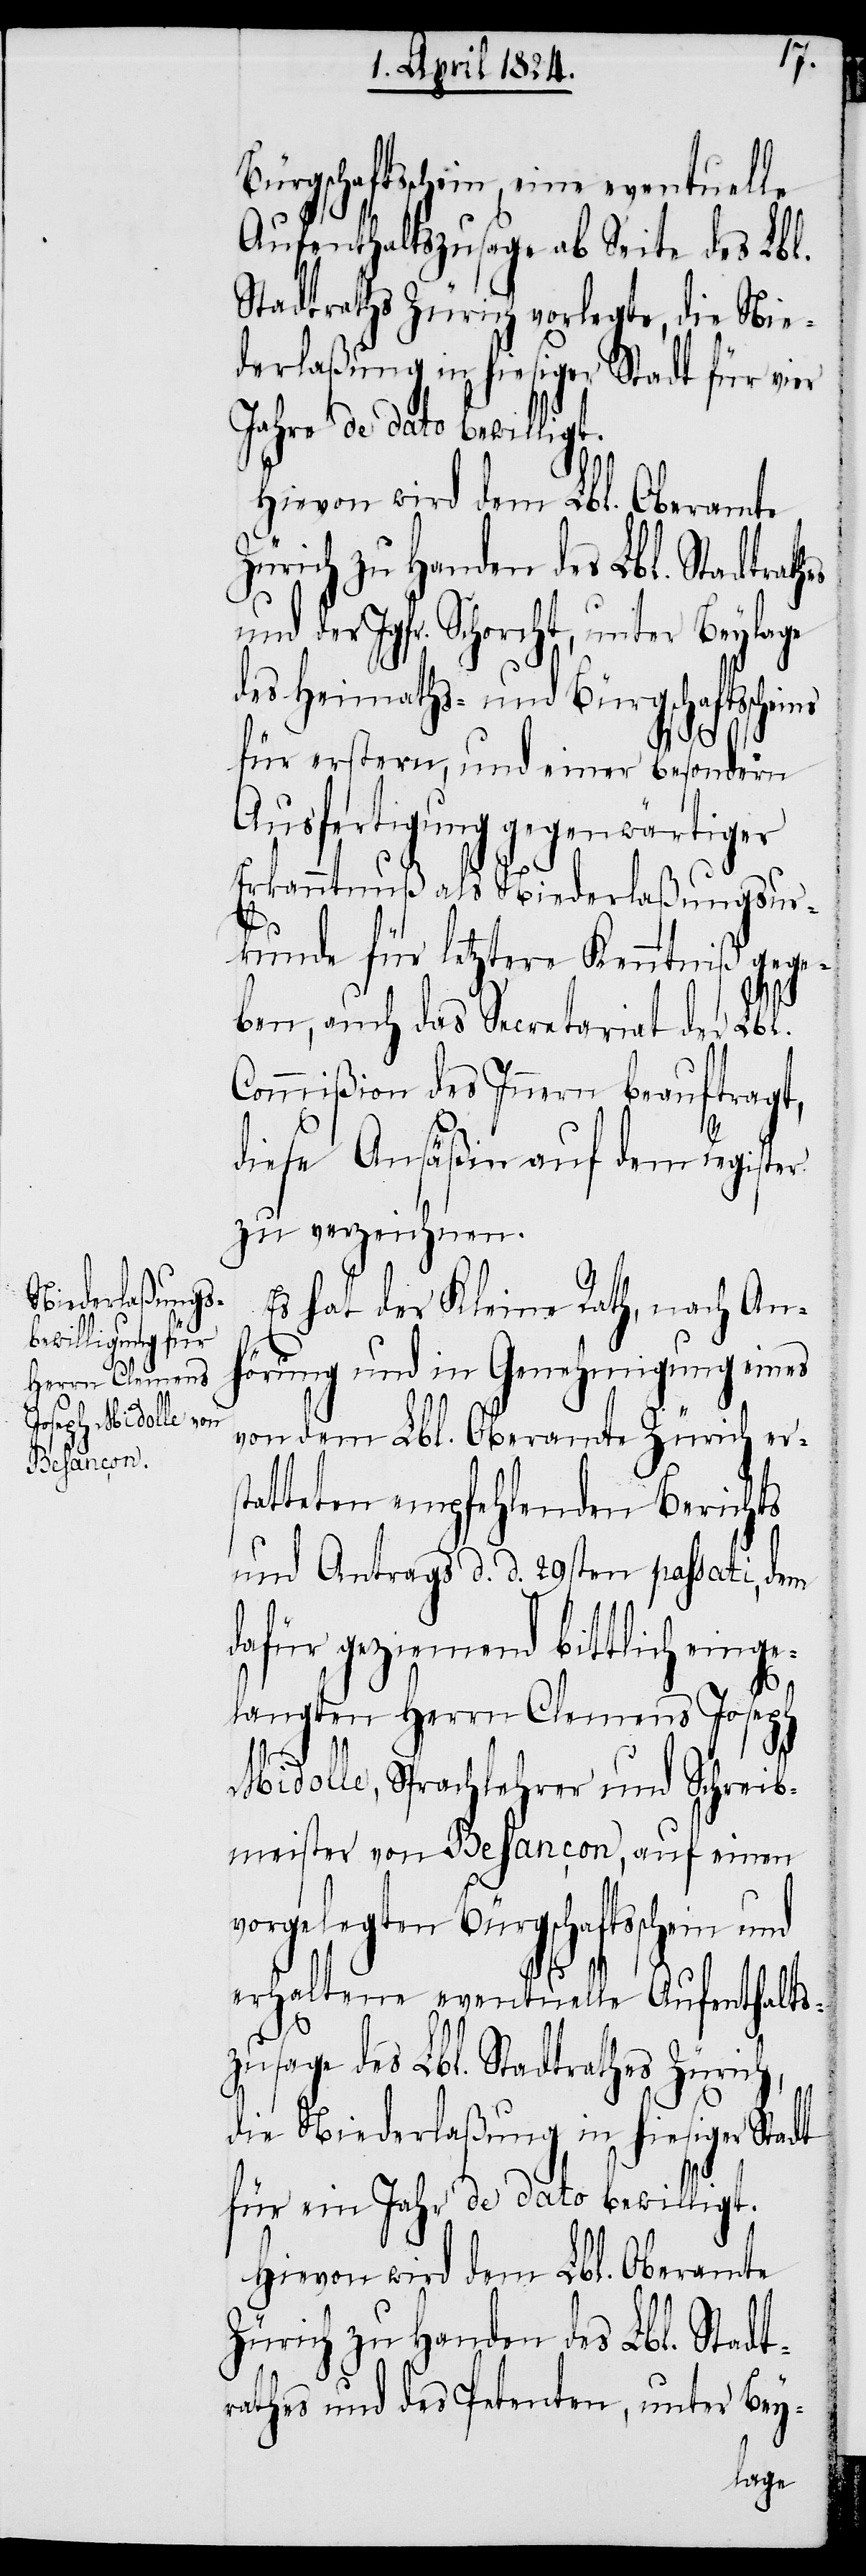
rathes

Bürgschaftsschein, eine eventuelle
Aufenthaltszusage ab Seite des Lbl.
Stadtraths Zürich vorlegte, die Nie¬
derlaßung in hiesiger
und der Jgfr. Schorcht, unter Beylage
des Heimaths- und Bürgschaftsscheins
für erstern, und einer besondern
Ausfertigung gegenwärtiger
Erkanntnuß als Niederlaßungsur¬
kunde für letztere Kenntniß gege¬
ben, auch das Secretariat der Lbl.
Commißion des Innern beauftragt,
diese Ansäßin auf dem Register
zu verzeichnen.
Es hat der Kleine Rath, nach An¬
hörung und in Genehmigung eines
von dem Lbl. Oberamte Zürich ers¬
tatteten empfehlenden Berichts
und Antrags d. d. 29sten passati, dem
dafür geziemend bittlich einge¬
langten Herrn Clemens Joseph
Midolle, Sprachlehrer und Schreib¬
meister von Besancon, auf einen
vorgelegten Bürgschaftsschein
erhaltene eventuelle Aufenthalts¬
zusage des Lbl. Stadtrathes Zürich,
die Niederlaßung in hiesiger Stadt
für ein Jahr de dato bewilligt.
Hievon wird dem Lbl. Oberamte
Zürich zu Handen des Lbl. Stadt¬
rathes und des Petenten, unter Bey-